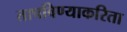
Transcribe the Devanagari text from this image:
तापविण्याकरिता